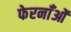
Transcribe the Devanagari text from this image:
फेरनाँओं